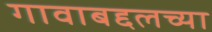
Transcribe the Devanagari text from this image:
गावाबद्दलच्या